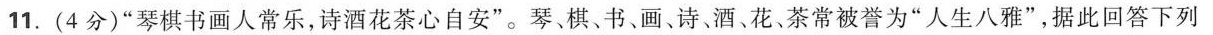
11. (4分)“琴棋书画人常乐，诗酒花茶心自安”。琴、棋、书、画、诗酒。花、茶常被誉为“人生八雅”，据此回答下列